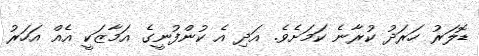
ޑޮލަރު ހަރަދު ކުރާނެ ކަމަށެވެ. އަދި އެ ކުންފުނީގެ އަމާޒަކީ އެއް އަހަރު